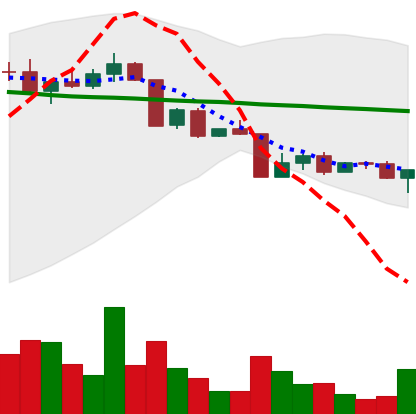
Ticker: ADA-USD
Chart end date: 2022-04-18
Forward return: -5.148%
Label: down_5_7